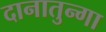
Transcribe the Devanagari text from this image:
दानातुन्गा